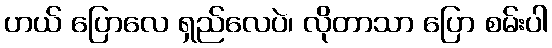
ဟယ် ပြောလေ ရှည်လေပဲ၊ လိုတာသာ ပြော စမ်းပါ